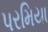
પરમિયા